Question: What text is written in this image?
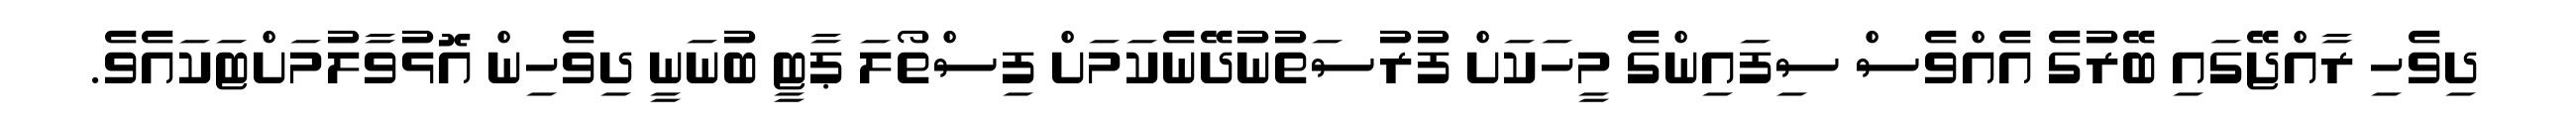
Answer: ދިވެހި ރާއްޖޭގައި ބޭރުގެ އެއްވެސް ސިފައިންގެ މީހަކަށް ފުރުސަތުނުދޭނެކަމަށް ފިސްތޯލަ ޕާޓީ ބުނަނީ ދިވެހިން އޮޅުވާލުމަށްޓަކައެވެ.